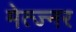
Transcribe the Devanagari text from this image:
मेत्ज्नर